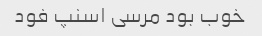
خوب بود مرسی اسنپ فود